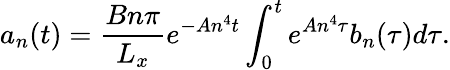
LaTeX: a_{n}(t)=\frac{Bn\pi}{L_{x}}e^{-An^{4}t}\int_{0}^{t}e^{An^{4}\tau}b_{n}(\tau)d\tau.